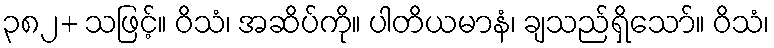
၃၈၂+ သဖြင့်။ ဝိသံ၊ အဆိပ်ကို။ ပါတိယမာနံ၊ ချသည်ရှိသော်။ ဝိသံ၊